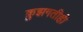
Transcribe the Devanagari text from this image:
क्रुझगतीही